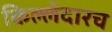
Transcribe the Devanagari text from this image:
किल्लेदारच